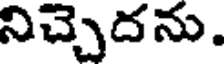
నిచ్చెదను.